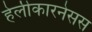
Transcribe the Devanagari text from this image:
हेलीकारनेसस